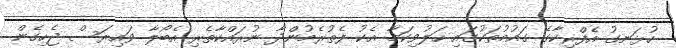
ހުޅަނގު އެފްރިކާގެ ގައުމުތަކުގައި ހަލުވިކަމާ އެކު ފެތުރެމުންދާ ނުރައްކާތެރި އެބޯލާ ވައިރަސް ޖެހިގެން